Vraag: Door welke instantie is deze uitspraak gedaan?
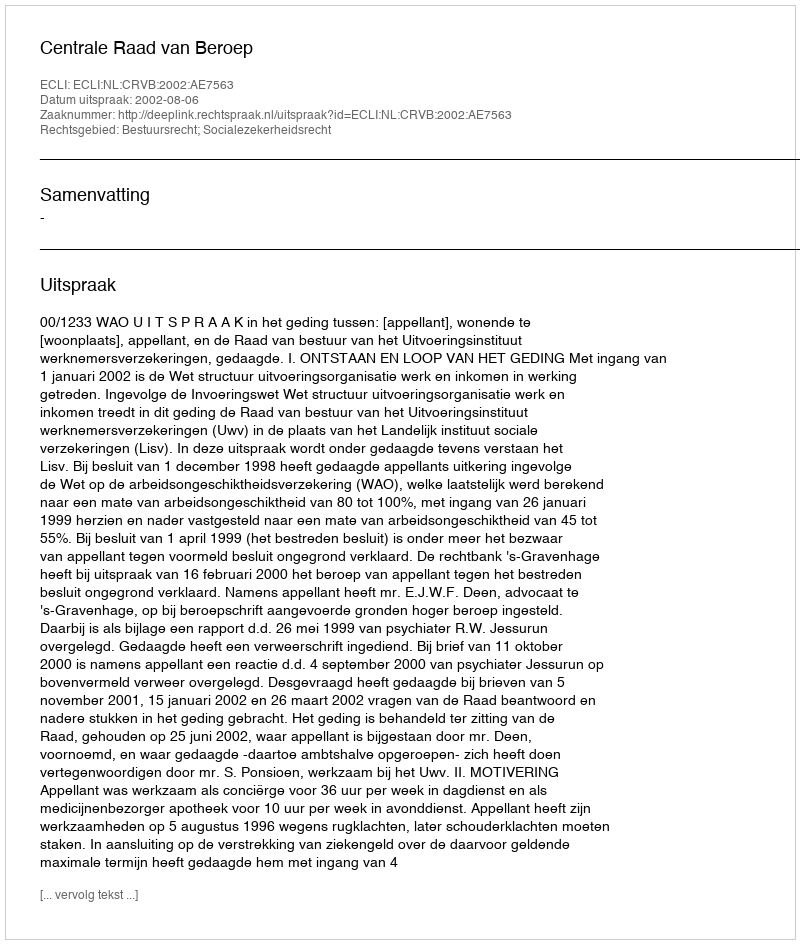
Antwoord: Centrale Raad van Beroep